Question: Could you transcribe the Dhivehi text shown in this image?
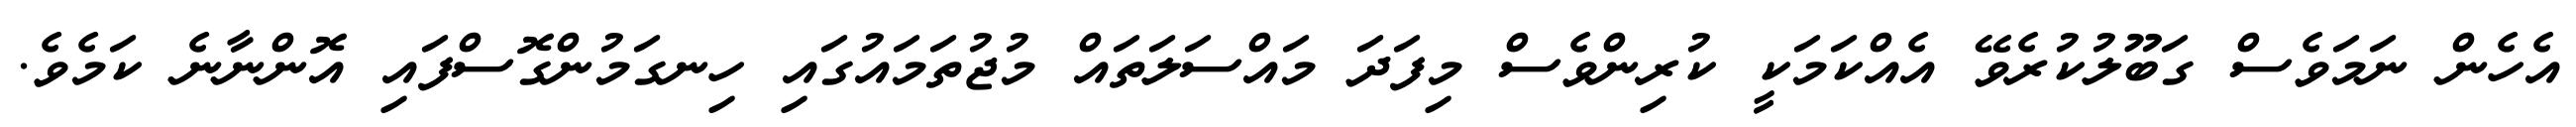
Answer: އެހެން ނަމަވެސް ގަބޫލުކުރެވޭ އެއްކަމަކީ ކުރިންވެސް މިފަދަ މައްސަލަތައް މުޖުތަމައުގައި ހިނގަމުންގޮސްފައި އޮންނާނެ ކަމެވެ.